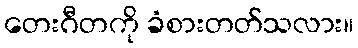
တေးဂီတကို ခံစားတတ်သလား။